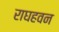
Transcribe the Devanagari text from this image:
राघहवन